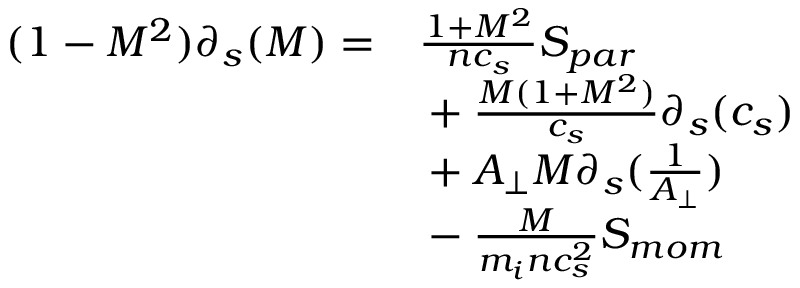
\begin{array} { r l } { ( 1 - M ^ { 2 } ) \partial _ { s } ( M ) = } & { { } \frac { 1 + M ^ { 2 } } { n c _ { s } } S _ { p a r } } \\ { ~ } & { { } + \frac { M ( 1 + M ^ { 2 } ) } { c _ { s } } \partial _ { s } ( c _ { s } ) } \\ { ~ } & { { } + A _ { \perp } M \partial _ { s } ( \frac { 1 } { A _ { \perp } } ) } \\ { ~ } & { { } - \frac { M } { m _ { i } n c _ { s } ^ { 2 } } S _ { m o m } } \end{array}